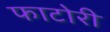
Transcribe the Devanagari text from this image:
फाटोरी